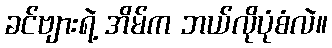
ခင်ဗျားရဲ့ အိမ်က ဘယ်လိုပုံစံလဲ။